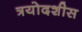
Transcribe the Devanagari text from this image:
त्रयोदशीस